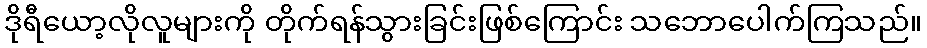
ဒိုရီယော့လိုလူများကို တိုက်ရန်သွားခြင်းဖြစ်ကြောင်း သဘောပေါက်ကြသည်။